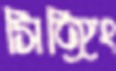
সিঙ্গিং